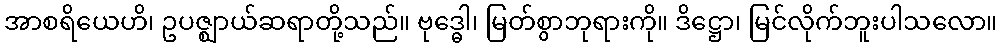
အာစရိယေဟိ၊ ဥပဇ္ဈာယ်ဆရာတို့သည်။ ဗုဒ္ဓေါ၊ မြတ်စွာဘုရားကို။ ဒိဋ္ဌော၊ မြင်လိုက်ဘူးပါသလော။